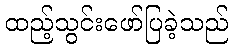
ထည့်သွင်းဖော်ပြခဲ့သည်